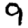
Digit: 9